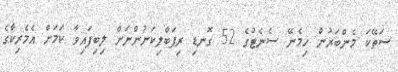
ސަތޭކަ މެންބަރުން ހިމެނޭ ސެނެޓުގެ 52 ގޮނޑި ރިޕަބްލިކަނުންނަށް ލިބިފައިވާ ކަމަށް އެމެރިކާގެ